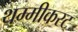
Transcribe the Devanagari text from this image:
थम्मीकरट